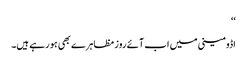
‘‘
اڈومینی میں اب آئے روز مظاہرے بھی ہو رہے ہیں۔